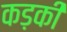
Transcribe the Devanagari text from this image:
कड़की